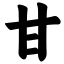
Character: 甘